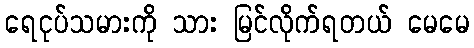
ရေငုပ်သမားကို သား မြင်လိုက်ရတယ် မေမေ